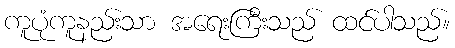
ကူပုံကူနည်းသာ အရေးကြီးသည် ထင်ပါသည်။